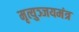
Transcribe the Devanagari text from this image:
मृत्युञ्जयमंत्र